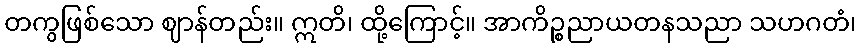
တကွဖြစ်သော ဈာန်တည်း။ ဣတိ၊ ထို့ကြောင့်။ အာကိဉ္စညာယတနသညာ သဟဂတံ၊